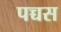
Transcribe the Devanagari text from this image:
पच्चस